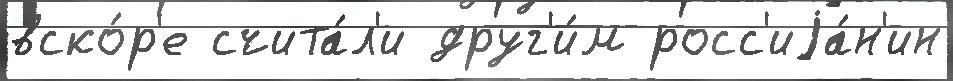
вско́р'е счита́л'и друг'и́м росс'иjа́н'ин